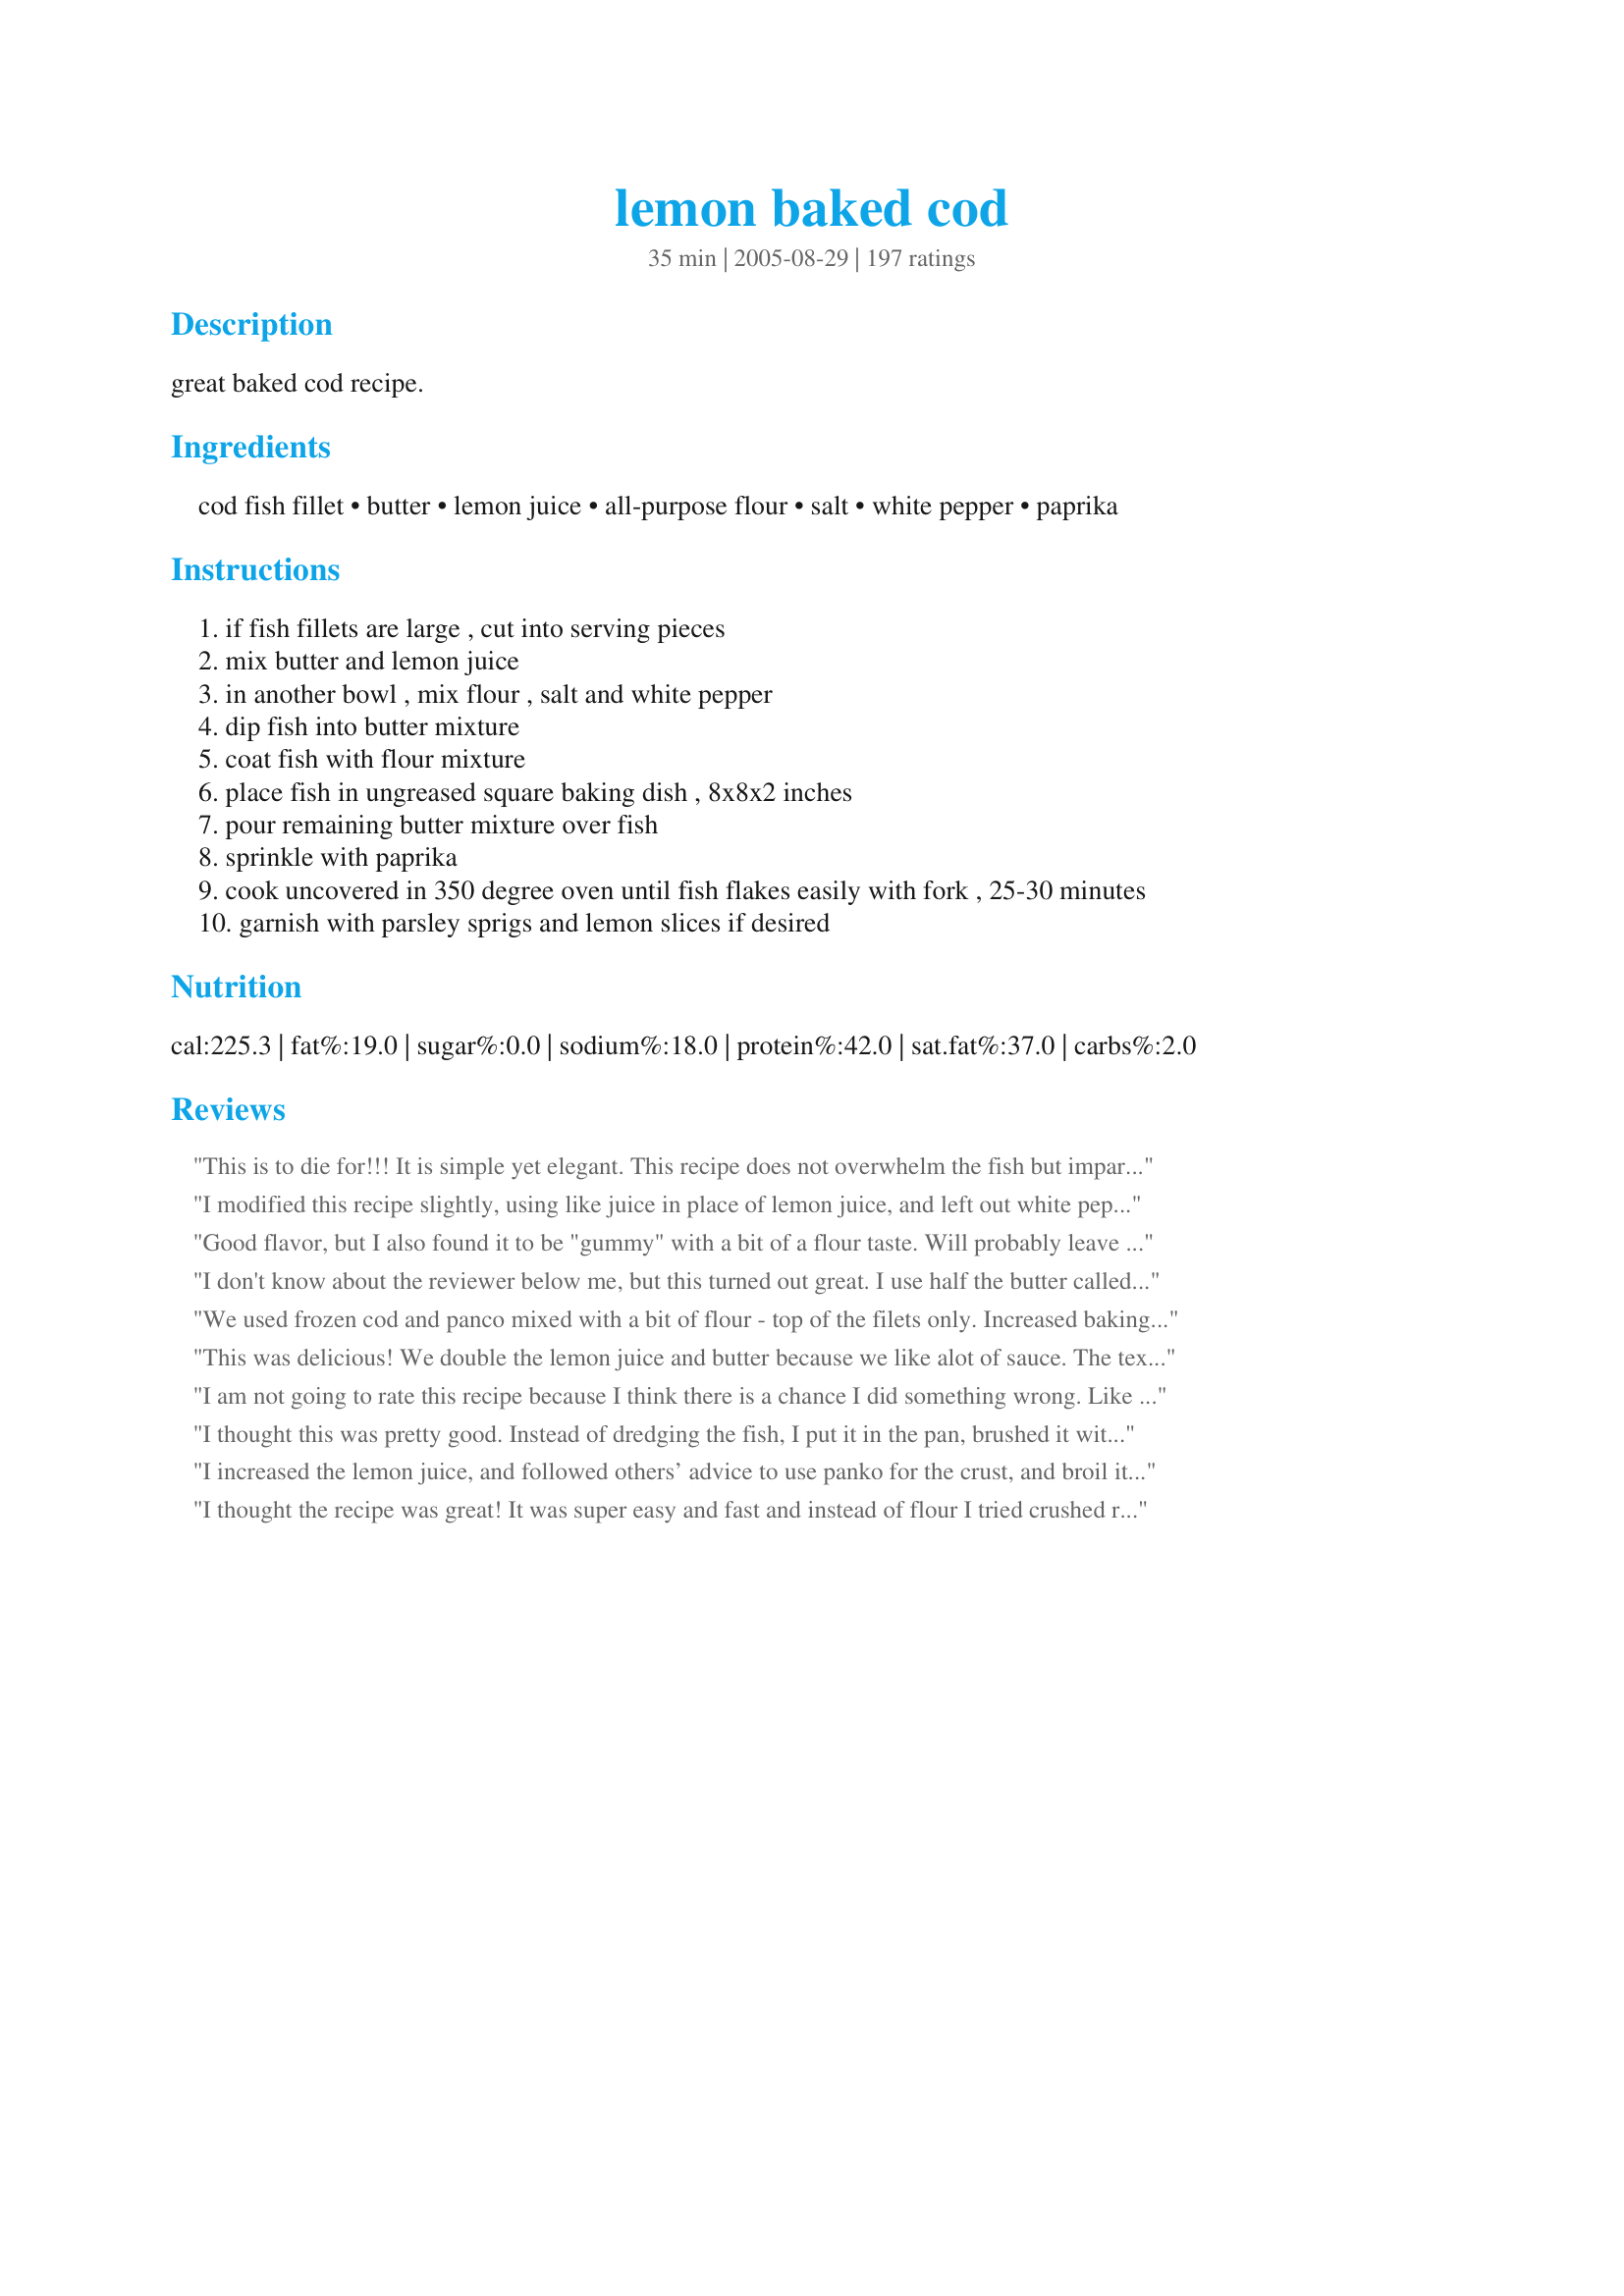
lemon baked cod
Preparation time: 35 minutes

great baked cod recipe.

Ingredients:
cod fish fillet, butter, lemon juice, all-purpose flour, salt, white pepper, paprika

Steps:
if fish fillets are large , cut into serving pieces
mix butter and lemon juice
in another bowl , mix flour , salt and white pepper
dip fish into butter mixture
coat fish with flour mixture
place fish in ungreased square baking dish , 8x8x2 inches
pour remaining butter mixture over fish
sprinkle with paprika
cook uncovered in 350 degree oven until fish flakes easily with fork , 25-30 minutes
garnish with parsley sprigs and lemon slices if desired

Reviews:
This is to die for!!! It is simple yet elegant. This recipe does not overwhelm the fish but imparts a rich buttery lemon flavor which truly enhances it's natural goodness. Would like to try this with other types of fish. Simply great!!!
I modified this recipe slightly, using like juice in place of lemon juice, and left out white pepper. Very tasty.
Good flavor, but I also found it to be "gummy" with a bit of a flour taste. Will probably leave the flour out next time.
I don't know about the reviewer below me, but this turned out great. I use half the butter called for though. If I coat the fish I use breadcrumbs, but usually it's great with just the lemon sauce!
We used frozen cod and panco mixed with a bit of flour - top of the filets only. Increased baking time to 35 mins to account for frozen fish. This is a quick, easy, delicious recipe.
This was delicious! We double the lemon juice and butter because we like alot of sauce. The texture is very smooth, so try sprinkling it with some toasted almonds. A wonderful, easy recipe for low-carbers if you just dust the fish with flour rather than dredging it heavily.
I am not going to rate this recipe because I think there is a chance I did something wrong. Like desertlady's, mine turned out a goopy mess, and nothing like the beautiful pictures. With all of the great reviews it has to be my fault, so I WILL try it again.
I thought this was pretty good. Instead of dredging the fish, I put it in the pan, brushed it with the lemon mixture and sprinkled breadcrumbs over the top. The top got crispy and solved the soggy bottom dilemma. I'll be making this again.
I increased the lemon juice, and followed others’ advice to use panko for the crust, and broil it for the last 10 mins. The panko does help to make it crispy, but it’s not lemony enough for a lemon-flavored cod dish. We squeezed fresh lemon juice to the fish when it’s served, which gives the cod that lemony flavor that hubby and I love. I’d do it again considering how simple it is.
I thought the recipe was great! It was super easy and fast and instead of flour I tried crushed ritz crackers and it was phenomenal!
I am not a fish eater but the rest of my family is. I gave this recipe a try as I like the baked tilapia when we go to Olive Garden, but that is the only fish I usually eat. I used the butter and lemon but then placed it in the dish and covered it with panko and the paprika. It was very good. I enjoyed it with wild rice and my fish eating family devoured it. My 13 year old son ate 2 and 1/2 filets. Will surely make this again.
Just yummy. I make it with rice flour. A real winner!
This is not a recommendation, since I haven't made it yet... it is what I'm going to do after reading the reviews. It almost seems it will be good even if I get it wrong! I will: pat fresh fish dry with paper towel. Coat only top of fillets. Use breadcrumbs instead of flour. Use chilli flakes instead of paprika. Not too thickly coated. Fridge for one hour after coated. Use real lemons. Use less butter. Spread out to bake, don't crowd. Grill (broil) for last five minutes.
This is definitely an excellent recipe for when you want to have fish, but are pressed on time and want to get things done while the fish is baking. I had the same goopiness issue as others did, but remedied that by eating the fish with rice- the rice soaks up that sauce and butter nicely. I also used Hungarian hot paprika to give a little spiciness to the dish since it holds up well with baking. A great recipe, and makes for a healthy meal with some steamed veggies and brown rice- nothing fancy, but big on taste and nutrients.
Good, but my mine came out "goopy" as some other reviewers mentioned. Next time I will try drying the fish off with paper towels first and spreading them out in a larger pan.
Made this dish for the first time. LOVE it! Have a picky teen who never liked fish before. He ate all of his portion. Note, I did add to this recipe by adding about 7 drops of lime juice and 7 drops of pure toasted sesame oil in to the margarine mixture. I'll be making this again for sure! Was so easy to make. Used cod first time. Will try with haddock next.
Fish was so tasty. Served with good old mash, asparagus and lemon/butter sauce.Realised I might not have enough sauce so made some lemon and butter sauce using stock from asparagus. Sister-in-law will have to do well to beat this!
This recipe is easy with any fish. I dredged the fish in Panko after coating with the lemon-butter mixture, and I omitted the flour. It came out with a little bit of a panko-crust, and my family loved it.
If you think the taste of butter is better and fish then this is the recipe for you! I saw all of the reviews and crumbled some oats on it to add to the crispy and take away from the soggy...I didnt even use all the butter it calls for and still all I could taste was butter....flipping gross. I like to taste the food I am eating otherwise i would just eat butter by itself...
I made this tonight. Followed the recipe as written except I cut back on the butter a little. I used Panko crumbs and baked it in my convection oven for 30 minutes. It was absolutely delicious! Did not have a problem with mushy bottom and it was so easy to make. A good recipe to hang on to.
I used mahi mahi with this becase it is what I had and it turned out great. DH said that it tasted like chicken to him, which is good because I don't cook chicken. Made for ZWT3
Used North Atlantic Cod Loins defrosted, dried and replaced the flour with breadcrumbs, the left over butter and lemon juice seasoning mix was added to a tomato, caper, scallion and white wine dressing for the cod which I served on penne pasta, nothing was left! the fish was baked perfectly and came out dry, crispy and succulent.
Yummy. Used this recipe twice in one month. The cod comes out juicy and flavorful.
Delicious and quick on the table with easy prep work. Thank you!
I made this for dinner tonight and it was so easy and it tasted Great!!! It was better than the fish I ordered from a nice restaurant last night. My husband is not a big fan of fish and he enjoyed it too.
While this is an easy way to cook cod and results in very moist fish, there is too much butter for my taste (and health). I will try it again though, reducing the butter and lemon juice by one-half.
Note: Food.com is not a WW affiliate and is not allowed to calculate points. Use the tools WW provides, or go to their online calculator.
My husband and Iove this recipe! With the left over butter I mix fresh cut mushrooms, garlic powder and a splash of cooking sherry to pour over the top of the fish while it bakes.
Loved it. Used tip to stick fish in fridge while preparing side dishes and it turned out great. Whole family (picky kids and boyfriend who hate cod included) ate it all without leftovers.
This recipe is very yummy. I did use ground pork rinds for the flour. It was very crunchy with just a hint of lemon. It is very easy recipe to follow. In my oven it baked 30 minutes. DH really enjoyed it. We also had salmon patties, rice and lima beans. Thanks for sharing the recipe.
This came out so absolutely fabulous, we will DEFINITELY put this on our "regular" list!! It wasn't exactly crunchy, but then again, I wasn't necessarily expecting it to be. I'm half-considering making this AGAIN tonight!! Thank you SO much!!
We loved this. I mixed the butter, lemon juice and pepper in a bowl and poured it over the cod. I didn't use the flour or salt. Will make again.
I took someone&#039;s review of subbing flour with Ritz crackers and even added some to the bottom(crushed) as a bed for the cod to sit on. Nothing soggy about this dish. The leftover lemon and butter I poured over the fish before baking. Perfectly done at 30 minutes. Will make again!
I'm not a fish eater... but DH just raved about this fish! I will use this one again!
I have been meaning to comment on this as I made it awhile ago and realized, while intending to make it again, haven't complimented on how good this is. I am born and raised in the Northwest to a fishing family and as such, always love new ways to cook fish. My husband and I *loved* it and quite frankly ate it all between us. It was moist and to concur with other posters had a great moist lemony flavor. The only thing I did different is I used black pepper instead of white. Can't wait to eat it again! Thank you!
I LOVE, LOVE, LOVE fish, and have waited for there to be a recipe come in with the flavor of lemon in the prep of the cod. I am also glad you chose the one type of fish I love when baked, fried, stir fried, or what ever. There are only a few of the thick white fish I will fix, and look forward to the eating. Thank you for the way to fix it and no guilt with the eating... I love your recipe, and will fix it again real soon, I guess when I can afford it, and not have to take my casting rod and my straw hat, and go down to the bridge over the gulf here in Florida to be able to get some more.. Yummy.
So good. Cook time was just right. Used grated sea salt on top--sooooo good,currently
Don't know why this didn't work. Tasted like soggy flour. Very little flavor. First time I have ever submitted a review and unfortunately this just didn't work.
This is such a simple recipe that is so full of flavor. My family devoured this fish, and my 6 year old had 3 helpings! Excellent, simple and delicious. Thank you for sharing this recipe!
I did not rate this as I am going to try making it again.
The fish had a very nice flavor
with the Lemon and butter but at the end of baking the flour turned in to a big wad of liquid paste.Has any one else had this problem?
10 stars!!! Cod is our favorite fish...we eat alot of it...but this is a recipe...that is simple and very very good!!
Thank you!!
I'm not a big fan of fish - can't stand any fishy taste!!! However, with my new diet, I've been trying to get a bit more creative and introduce more fish into my diet whenever possible. I made this the other night, but used homemade bread crumbs that I made from organic sprouted bread and it was FANTASTIC!!!! I love it, and can't wait to make it again. So easy too!!!
Just finished the kitchen clean-up after eating this fabulous dish! It was just absolutely perfect for us and so easy. I was hesitant to use the flour since I don't like a mushy fish, so I dipped the fish in the butter and lemon and then mixed the rest of the butter with bread crumbs and the seasonings, which I topped the fish with. Since I had very thick pieces of fillets, I did bake it an additional 5 minutes. It was just right and had a wonderful crispy topping. I really recommend this recipe to "just learning" cooks. It can't fail !!
Sorry, I really did not like this dish. I found it very soggy, even though I had let the coating sit in the fridge for an hour. Would not make this again.
Nice easy recipe, tastes very good.
Made a variation of this - put a mix of flour, wheat germ, a bit of paprika and salt in a dish and used that to coat the fish, then sauted in butter and lemon. Turned out great! DH & I loved it. DD liked the fish but didn't like the "stuff on the outside". Thanks for a great idea!
Very simple, elegant recipe. I used a fresh lemon and wondered about the call for dipping the fish in flour after the butter/lemon mixture. Fine if I was frying the Cod, but I was leery about baking it with the flour. Sure enough - even though the Cod was perfectly cooked - the flour taste was a bit of a negative (a 2 star negative) in the baking method. I did fried zucchini using Panko and wished I would have done the same with the Cod. My suggestion - skip the flour.
Easy, quick, flavorful - great for a quick family meal -
This was so great and easy! My husband went nuts and told me several times how delicious it was. I used Panko and added a little parsley and green onions for color when it was plated. Served with quinoa and broccoli. Have DH on a low carb diet and love recipes that don't look like diet food!
Very good basic white fish recipe. I made this for my wife and I, she doesn't usually like fish. She loved this recipe.
An extremely tastful excellent recipe! I substitude butter for olive oil as most Greeks do and I ever reduce the amount of it. But the result was super. And it also a very beautiful dish. Its a total keeper. Thanks Kymmarie for such a perfect recipe!
LOVED the flavor and the tenderness of the cod -- it was really wonderful. (My husband kept exclaiming, "This is just delicious!") But I'm only giving it four stars because I wasn't crazy about the flour as breading; next time I'll start experimenting with breadcrumbs, cornmeal, and other typical breading ingredients. For my tastes the flour was a little too pasty. But I'll definitely make this again, and often -- as I said, the flavor is first-rate. Thanks so much for posting this!
This was wonderfull! It melts in your mouth. It was very easy to make. I sprinkled Italian bread crumbs over the cod then the paprika. My family loved it.
I made this recipe like it said and I did notice the mushiness and so did my daughter. I think the flour soaks up too much of the butter and makes the fish heavy. It was good but next time I'm going to omit the flour. The taste was really good and I will make this again.
Very easy, quick and tasty! I will make this again, for sure!
Made this last night and loved it. Mine did brown nicely, I think that the paprika helps with that. I thought that the lemon &amp; butter mixture was just perfect - not overpowering, just enough to give it nice flavor. I will definitely make this again.
Loved this recipe. Simple and tasteful. I'm confused by all the posts about too much butter. 1/4c. = 4 Tbl. or 1 Tbl. per serving. How is this too much? Are you sure you used 1/4 c. and not 1/4 lb. (8 Tbl.) Just asking. Made as directed, it's wonderful.
This was very tasty. Mine did get browned a bit. I put it on the top rack in the oven, maybe that helped?
This was the best fish I have ever cooked. However next time I would use less salt. It was a little soggy, but that did not hurt the flavor at all.
Better than expected!!! The whole family enjoyed it. Will definately use this recipe to make Cod again and would like to try other fish as well. Really quick to throw together and get in the oven.
What a great and easy recipe! I made as posted and DH and I were treated to a wonferfully tasting fish dinner. All the flavors blend together nicely. Thanks for posting!
Tried this "Lemon-Baked Cod"recipe, spot on, won't change a thing. I did have some Cholola hot sause on the side.
I don&#039;t like baked fish. I&#039;m a fish fry person but I loved this recipe! I even went back for seconds. I did use the Ritz crackers though as suggested. No other changes. I will definately make it again and again.
This was wonderful! I'm not a big fish eater but our freezer is packed and I was looking for something to cook to make some space. I found some cod and found this recipe. This was so easy and tasted so good. My cod hadn't thawed completely so I ended up baking for 45 minutes. A definate Keeper!
We love this recipe! It went together very quickly and tasted like a dish from a high-end restaurant. The lemon &amp; butter mixture gave it a slightly rich flavor, &amp; the flour coating on the fish helped thicken the sauce. This is a new favorite!
Awesome recipe. I made this tonight for supper. I used some top shelf Cod fillets and I can not discribe how pleased I was.
Mine didn,t crust up like some of the photos showed.
DS said it tasted like lobster. He is corect./ After he said that, my next bite did taste like lobster. 
I did not detect the lemon in the fish, but it didn't matter. It was great as written.
Great fish! Skipped the pepper but followed the recipe exactly besides that. Great way to make this fish taste great.
I dipped the pcs in the lemon butter mix, crushed some corn Flakes with some salt, pepper and granulated garlic, sprinkled on top, sprayed with Pam and broiled for a couple of minutes at the end. Perfect. Will make this again and again.
I thought this was a delicious, easy recipe. However my three children thought differently. My oldest child sat at the table with tears streamung down his face, my middle son was throwing up at the trash can, and my daughtersat with her arms drawn inside of her shirt saying she will not try anything on her plate. So I think I'll be making this recipe again next Friday. Thanks for a new way to torment my kids.
My family loved it including our 4 year old. The flour did get a little gummy, but it didn't bother us. I used lime juice because I have a big bag of limes from Costco to use. I used seasoned salt instead of salt and black pepper because it was handy. I will make this again for sure!
Yum! I thought it would be just ok because i dont like fish, this is like lobster! so good!
This was a delicious recipe for baked cod! I used Tony's cajun seasoning in place of the salt and pepper to spice it up a bit, and it worked very well. I followed the advice of others on here and put the fish in the refrigerator for an hour after dredging, and it turned out perfectly. Thanks for the recipe, and the pointers! :)
Fantastic main dish recipe! Loved this. Perfect! Followed exactly! Thanks for a great recipe that is a total keeper!
It is my favorite recipe that I like to share with others. It is so simple and delicious. My whole family loves it. Now we eat fish more often. Thank you.
Super delicious!
This was outstanding! It was reallly moist and tender. I used bread crumbs instead of the flour, and it came out perfect. This is the way I will cook fish from now on. Thanks for the great recipe.
The lemon butter was delicious on the fish, but it never turned golden brown. once served the fish was a little dry. i think this recipe would be better if it was cooked at higher heat, like maybe 450, for 10-15 min like most baked cod recipes.
Maybe I made a mistake, but it turned out so salty that it was inedible. I did measure all of the ingredients. Maybe I should have used unsalted butter?
Needs higher heat. I would probably not use the flour next time and just brush with olive oil and lemon juice instead. It was very juicy though at 25 minutes @ 350.
My husband prepared this again last night - has to be one of my absolute favorite simple cod recipes! Easy to prepare; we like to have green beans and fresh tomatoes with this; rice too, if you aren&#039;t counting carbs! The number one recommendation I will make for this dish is to use Hungarian-style Paprika which is still fresh - should be a lovely reddish-brown color and have a potent Paprika scent. If not, then it is past it&#039;s prime. Buy it in small containers and keep it in a place with low humidity and low light. Great recipe Kymmarie!
Great recipe, thanks. OMG it taste sooooo good.
Made this tonight using the tip left by a reviewer to chill the fish for an hour before baking. It came out super tasty and it was so easy to do. It smelled fantastic and the texture was just right. The only thing I might do in the future is add a little more salt but that&#039;s just because I like things salty. Also, I didn&#039;t have white pepper so I just used regular fresh ground pepper but I still thought it was great. Will absolutely make this again.
I have made this several times and it is very good. I use frozen cod and it turns out very good. I used to grill the fish on the BBQ, but in the winter, this is an excellent option and quite tasty. I use ground black pepper and paprika, so dont worry about not having the white pepper.
Easy and absolutely delicious! Moist and flaky with loads of flavour! Already a family favourite!
Came out too soggy, the family wasn't impressed either, I will never do this again!
Soggy and was too buttery when used margarine/followed her proportions. I guess its just not our favorite thing .. butter and margarine- but we were in a hurry.<br/>AND ended up making Taco's out of it.. not bad! quick way to make the fish.. i substituted margarine for less butter and Lime.<br/>We then made tacos with the fish. and fresh diced lettuce (for crunch) and tomatoes for flavor. and it was a great quick fix and delicious at the end of the meal. took 13 minutes to bake and then 10 minutes to figure out how to make the tacos work.<br/>still wasn't out of the budget!
I really enjoyed this dish. I like most fish, and cod is a favorite, and with just enough lemon to add flavor it was delicious. I will make this again, but possibly add a little tarragon. Thank you for a very good cod recipe that is so easy. :)
Don&#039;t like fish at all except shellfish,but I have to say this was delicious and my daughter who absolutely hates all fish also like this. I am making this for a second time already. This is a keeper. Thanks
Love it.
So good!!! Followed the recipe exactly, except topped the fish with a touch of sel gris along with the paprika. Was golden brown and perfectly cooked in 25 minutes in my oven. Husband has already requested I make this a regular in the house... and he's pickier than the 4 year old sometimes... btw, the 4 yo liked it too! Thanks so much for such a great recipe.
I find this recipe for cod fish rather tasty. I did add a little more salt and a pepper.
I wasn't overly thrilled with this recipe. It pretty good, but not my favorite. I think it would have tasted better with some garlic in the mixture. I would likely omit the lemon from the butter mixture too because it just seemed to counter-act the other flavors.
Normally I don't care for Cod, but we got it at such a good price I couldn't pass it up. This recipe not only made it bearable, it was delicious. Everyone in the family loved it. Thank you so much for posting this recipe.
I chose this recipe because of the excellent reviews when I was looking for a new way to prepare cod. I don't know what I did wrong, but the flour turned into a gloppy paste - I couldn't even eat it. Perhaps the bread crumbs would work better, but probably won't try it again.
I'm not a big fish eater but I liked this...taste of lemon and butter were subtle. The family enjoyed :)
This was really quick and easy to make and it tasted great! Both my husband and I really liked it and will make it again. The only thing I added was some Penzey's Seafood seasoning which I happened to have on hand.
This had a great flavor. The flour didn't set-up for me and just made the dish "goopy." ALso I turned the heat up to 400 to brown the fish bit. I think I will try this again but without the flouring step.
Delicious and super easy. My kids loved it, as well! Served it with wild rice and a salad, so it was a simple and yummy healthy dinner.
I hate to be a negative review in a sea of 5 star reviews...but I followed this to a tee... it turned out too goopy and gross. I think breadcrumbs would be better here than flour.
Easy recipe. I did one fillet as in the recipe. It was very soggy on the bottom. The rest of the fillets I used panko, parm cheese, lemon zest mixture for the flour. Also I did not add the extra butter mixture to the pan. Instead of paprika I sprinkled old bay on top. With these changes our cod was YUMMY!
Made this last night for dh and I, only substituting pollock fillets for the cod, as this is what I had on hand. This dish had great flavor, though the flour turned out goopy, as another member stated. We will definitely try this again, maybe either leaving out the flour part, or else, not pouring remaining butter mixture over it in the pan. great dish for dieters!!! YEA!!!
SO EASY! Light and delicious
so easy .tastes great i double coated the fish american fish is watery
I'm not sure what happened to my fish. I see such great reviews here.
I followed the recipe exactly, but my fish came out goopy with a flour taste. I made sure to only barely dust the fish with flour, so it wasn't a deep coating. I tried broiling it the last few minutes. That did crisp the top, but the bottom was mushy.
I will try this again , but I will leave out the flour & add breadcrumbs to the top instead
Husband really did like this! Thank you for posting.
Excellent.. For those that want a lil more flavor add 3/4 tbl of Original Essence from Emeril and and sprinkle of Dill weed as well.
Loved it! After about the 4th fish dredged in the flour and my fingers getting all yucky, I decided to just mix the rest of the flour into the lemon butter and then dip the fish in it and poured the rest on top. It was outstanding! Thanks!
Wow, we just loved this fish! I made this exactly as written but used Earth Balance Buttery Sticks for the butter (for DH's cholesterol watching). This tasted better than the baked fish at our favorite Friday fish-fry place (choice of baked or fried) in Wisconsin so now we'll just save money and have this at home....very, very quick and easy. Thanks for posting this recipe Kymmarie :)
I made this with toasted Panko crumbs to which I added some grated Parmesan cheese and fresh chopped herbs from may garden. <br/><br/>The only problem was the fish I used. I used Kroger IQF cod fillets. They were waterlogged. I pressed them between my hands to wring out the water. I was amazed at how much came out. The things were like sponges! They would have been totally flavorless if I had left all that water in them.<br/><br/>In spite of this, the recipe still came out good. Next time I'll use some good quality cod fillets.
This dish had the potential to be really great. It wasn't bad but in my opinion, there was just too much butter. (We tend to like our fish relatively unfettered.) I used 2 pounds of fish and doubled the recipe. The amount of butter was overwhelming for my family. Next time, I'll probably just use half of the butter but keep everything else the same.
That was amazing...super simple and so delicous! I will definately make that again. We have a 4 month old & not much time to cook so this was perfect!
This had a fantastic buttery taste. My only complaint: I wish I had doubled it. Everyone wanted seconds! This was so quick and easy to throw together. We will absolutely make this again. Thanks Kymmarie!
i used gluten free flour and put in fridge an hour before baking wonderful recipe<br/>.
I don't even have to make this recipe to rate it. This is the exact recipe I've used for years! Thanx for posting it so I don't have to! I have used it on all kinds of fish including spot and croaker which are in abundance in North Carolina where I used to live. The only thing I do different is I use cayenne pepper instead of white for an extra 'kick' but not the entire 1/8 tsp.Love it, Love it, Love it!
Amazingly easy to prepare and cook; and very delicious!
Just made the lemon baked cod and it's keeper! Used the Panko and had no gumminess. I will try this with other fish.
Nice, nice! Instead of flour, I used up some seasoned breading mix, and broiled instead of baked. Not soggy at all! Served over collard greens with a side of brown rice, and what a healthy supper.
I loved this! I follwed the recipe but took some advice from previous reviews. I used Ritz Crackers for breading, used real lemons and dipped my fish in the butter lemon mixture. I also cooked the fish a little longer for crispier crust. I like lemon taste so I also made some white rice with butter and lemon. DELICOUS! My husband said it was a keeper! I served the fish atop the rice with asparagus sauteed in garlic and olive oil!
So yummy! I used cayenne pepper instead of paprika.
The grown-ups loved this while the kids thought it was too lemony (is that even possible?) I had the same problem as mamawJ with the pasty flour on the bottom. I will try to solve this next time by only flouring the top of the fillets. Changes made were to use black pepper and tilapia because those are what I had on hand.
This results in a very tasty cod. I topped with Italian breadcrumbs before baking for some added texture, and it was a nice touch. Even my husband--who swore he didn't like cod--really liked this dish. Next time, I will also make a dipping sauce to go with this dish. Thanks for posting!
My husband and I love this recipe and have made it dozens of times. We even made a double tray to serve as one of the dishes at a party. It&#039;s so easy and tastes great. Cod flakes nicely. Like the other reviewers we experimented with panko crumbs, chickpea flour, etc. one thing we like is extra sauce to smother rice or potatoes in. We usually add olive oil and cut some butter for health reasons and use more lemon because I like very lemony. But it is a great recipe as is, using simple common ingredients. A fave in our house.
Thanks for the great recipe! I made it the other night and it was fabulous!! Because of my cholesterol levels I substituted Olive oil for the butter, the flour coating gave it a light crisp outside, without the guilt. I also used the tenderloin of the cod- this is one of my new favorite recipes... Thank you again!
I made the original version, but topped the fish with mushrooms, parsely and dry sherry as another reviewer suggested. I knew my husband would like it. I wasn't sure about the kids given the comment below, but 10 and 12-year old kids said it was the best fish they had ever tasted! Nice, easy dish to make.
This was but I may have put to much butter it came out a little mushy, also I will season it more next time. But I will try it again
This recipe was so fast and easy. I hate to cook fish, but with this recipe I will be cooking fish again. I also am not a big fish eater and with this I am sure to become one. I did cut back and not add the flour mixture to the fish after coating them. It came out beautiful like it came from a resturant. Will be making this again for sure..
An excellent recipe, I leave off one star, because it isn't very creative

I will add herbs to complement the dominant flavoring lemon.

Parsley, sage, basil, rosemary, garlic

I also plan to add 1 TBSP White Wine to Lemon, again looking for depth of flavor and complexity

Last depending on how thick you like your cod, it could take a lot longer than 30 minutes, i have gone to 1 hour pretty regularly
So simple and so very good!
I voted four stars on this! It was very good, and very easy to make! I doubled the recipe and my flour ran out, so I had to mix up more... Then they seemed a bit TOO floury (sp?) They were still very good though. I served it with rice pilaf and asparagus. We will make it again for sure!
I just got done eating this dish. Although it turned out tasting great, it so did not brown like the pictures. I am not sure what I did wrong. It was tasty though. I had no white pepper so I used black pepper and I also added parmasean cheese to the flour mix. I'll make it again but if anyone has any suggestions on how to get it to turn out like the pictures I would be very happy!
Absolutely delicious! I subbed flour for panko. Let it set in the fridge for an hour. Soaked the fish in milk for 15 min before hand. Added sesame oil to butter mixture and sprinkled dill weed on top.
This was very good. Per other reviews, I substituted the flour for breadcrumbs(for this I used Panko).
Loved it. It's unbelievable how good it is for how little effort it requires.
My parents are norwegian and this is exactly how my mom makes fish except she fries it instead of baking. I definitely prefer using butter and the flavor was perfect. I will try asmooch22's tip next time. Thanks
This was pretty good. I think my husband liked it more than I did. I think the problem might be that I just don't love cod. Maybe I'll try this recipe with a different fish. Thanks!
The flour coating was just mush and really yucky. Kinda disappointed, luckily I made half the cod without the coating :(
Worst Cod recipe I ever had. My cod baked just fine, but the flour and butter mixture made it taste like raw flour and butter. My family hated it, and I did too.
Seemed really slimy using flour and butter. Ended up washing the coating off fish and seasoning with lemon and butter. Keep it simple and broil with simple butter. Would not make again.
My picky 9 year old daughter enjoyed this, as did I. It was so very easy to prepare. I used a really good quality paprika, which probably added to the quality. One thing I did wrong--I used lemon juice from concentrate with the proportion suggested, and my daughter commented that the fish was a bit TOO lemony. I liked it very well, but you might wish to dilute the ReaLemon, or use actual, real lemon juice if you have somebody with a sensitive palate.
This is one of the best recipes I have found to use on codfish.I don't like frying fish because it is always so messy and sticks onto the pan.This is the perfect alternative.It is fantastic!!
The taste was 5 stars fantastic!!! Even my wife loved it & this was perhaps the 1st time she didn't use ANY tartar sauce!!! <br/>The only reason I gave this 4 stars instead of 5 was I thought the coating had a paste-like texture. I;ll figure something out & I WILL be making this again!!!!! THANKS for sharing!!!
This was very tasty and perfectly done. I love the lemon/butter mixture - it adds such a wonderful flavor it needs no additional seasoning. Fabulous! and I will definitely make this again.
Really easy to put together and it tasted great! I did have to broil the top the last 3-4 minutes to get it to crisp a bit. Next time I'll follow the other suggestions to only coat the top with flour, it was a bit mushy on the bottom. Thanks for posting!
Wow !!! This is a delicious way to do cod , I am not a big fish fan but really enjoyed this recipe..I Will definitely make this recipe often...I made this as posted and was very easy to put together ..Thanks Kymmarie
Lovely recipe.We love fish and this was an easy way to make it
Just a cooking tip to those who are saying that their fish came out soggy. Try putting the fish or anything that you have dredged in flour/breadcrumbs in the refrigerator for at least an hour before you go ahead and cook it. This allows time for the coating to stick to the item to help create more crispiness in the oven while cooking!!!!
So good. Rave reviews from dinner guests.
We loved this recipe! I sprinkled some seasoned breadcrumbs on top. It was divine and was the right blend of flavors.
I read the reviews before I tried the recipe. I decided to use bread crumbs instead of flour. I also used parchment paper. Worked great. Delicious and easy recipe.
I really like this dish so gorgeous.
An easy and delicious way to serve fish. Reduced the recipe to serve 2 and prepared it as per those so easy directions.
this was very good, and i usually don't like baked fish recipes! it had a nice crust because the butter crisped it, which also made the inside nice and moist. Thanks!
Husband & I loved this recipe. I am going to make again w/Panko bread crumbs and maybe some onion chips. Will try w/another fish
This recipe was quick and easy. Taste was good. Followed recipe as written. Thanks for sharing.
This is really a amazing dish. The fish is so tender and flaky and the flavor is wonderful. I used 2 pounds of cod, but kept the butter and other ingredients the same. The cod was perfectly done at 30 minutes. Cod is a favorite fish at our house, but not like it was tonight. With four people, there wasn't a lick of cod left after dinner. I couldn't believe it. I even checked the bag to make sure I didn't miss another filet! Thanks for posting this recipe.
I loved this dish. I took another reviewer's suggestion and placed the coated fish in the fridge to set up. It worked really well. I didn't use as much lemon as called for because I was running low. I just guesstimated the butter but didn't need to much. I served this with bacon wrapped asparagus bundles and baked sweet potatoes. Yum!
We enjoyed it. Will make it again even with another fish. I took up the suggestion for the bread crumbs instead of flour and was very pleased.
This recipe was so tasty and easy to make. If using frozen fish, make sure to defrost completely and pat dry. I put the oven on broil the last 5 minutes to crisp up the top. Iâ€™ll definitely make this again!
I thought this was delicious! I love the tartness of lemon, and I always use real lemon juice, squeezed from a lemon, when I cook. Another person commented about how it was soggy, but I liked it. I will, however, try it the way someone else suggested - let it &quot;set up&quot; in the refrigerator with the breading, before cooking, so it dries out a bit. I will definitely make fish this way again.
I cooked this for my husband and friend. Used cayenne instead of white pepper. They loved it.Thank you for sharing.
So soggy I can't believe this recipe is still listed. If you cooked it in a skillet it would be much better. Really gross if baked.
Would have given this 5 stars but our household was split on it. Overall I really enjoyed this dish, it was simple and delicious. I think we will make it again.
I&#039;ve been making this recipe for years. I saw it first in Betty Crocker&#039;s Best Recipes Of The Year Cook. It is a very good recipe for cod.
This was alright for us. You can't seem to go too wrong with butter and lemon with a white fish. I thought there was way too much butter per cod ratio and wish I did not pour the remaining butter mixture over the fish (#6). My fish came out slightly soggy on the outside, no crispy outside as I had hoped and others had mentioned. Flavor was good though. Easy and simple recipe.
I really enjoyed the simplicity and ease of this recipe. The lemon was lovely. I cut the recipe back to serve one and used as little butter as possible but still stay true to the recipe. My fillet took exactly 25 minutes to reach an internal temerature of 160*, which was perfect. I can't wait to try this method with panko and a variety of herbs.
Very nice recipe that allows the cod to speak for itself. Used smoked paprika. The dish is perfect with rice or orzo.
I'm making this for the second time because the first time it was AMAZING!!! My husband and I LOVED it :-D I highly recommend this to ANYone, even if you're not a fish-lover! I replaced the all-purpose flour with stone ground whole wheat flour, and used organic unsalted butter. Again, AMAZING!!
Incredible. We loved it- Light, rich, easy, and the taste equalled a 5-Star Restaurant. I could eat it every night. Used Panko bread crumbs instead of flour.
I now have a favorite recipie for fish! Not just cod; I've done snapper and sole this way. I haven't reviewed this before 'cause I didn't do it RIGHT AWAY and I couldn't find the recipie. This is a super recipie! I fact, there's a couple of lovely trout for tonight in the fridge. The fish turns out beautifully done with a light golden finish. A crispness but not like fish fried in batter. It's lovely on it's own, but takes topping with sliced almonds, capers or even a drizzle of white sauce. Thanks for posting!
The lemon baked cod is delicious! I was in a hurry to fix dinner and found this recipe. It takes only a few minutes to put together and by the time I made a salad, cooked vegetables and set the table, the lemon baked cod was ready! My husband and I loved it!
Not the best for me, but it was probably my fault for dredging the flour on too thick. The fish itself was good, but the coating turned rather mushy. If I make this again, I will go lighter on the flour... or better yet, just stick to butter and lemon. Maybe I needed to cook it longer. Anyway, not one of my successes.
This recipe is easy to prepare and delicious. I used frozen cod I almost forgot I had. My family ate every last bite, so I'm looking forward to trying this with fresh fish. Thank you for posting!
I have been ordering Lemon Baked Cod at restraunts in 9 different states I have lived In. I made this cod the other nite and it came out perfect it tasted alot better then most of the restraunts I have ordered it in. So I invited our large family for a sunday dinner they all agreed they totally loved it. Really easy to make and tastes so wonderful it can be served for any gettogeither. Donna Easler
awful,gummy from flour. i have been cooking for a very long time and when i read this recipe i thought this might happen but i thought with so many reviews i might be wrong. well i wasn't. So glad i didn't make this for company.
WOW!!! This is really delicious! I made this last night and when sitting down DS said "I don't want any" I told him to try it and he loved it. He ate seconds!! This is really easy to prepare (huge plus) and I love the hint of lemon on the fish. Thank you so much for sharing this with us, I will use again trying different fish, too.
Very light tasting dish. I used olive oil instead of butter and breadcrumbs instead of flour.
What a treat! I made a few adjustments based on the comments I read: bread crumbs instead of flour, half the butter, and slivered almonds on top. It came out perfect after 25 minutes. I might cut the butter a bit more next time and replace it with a bit of olive oil. But bottom line, this is a keeper. Thank you so much for this wonderful recipe.
I had a recipe similar to this in a restaurant and was craving the same thing. I didn't realize this was the recipe. Thanks for posting...this totally satisfied my craving.
i never take the time to write reviews, but i thought this recipe deserved such attention. my husband and i thought this was absolutely delicious! and it was super simple too! we used panko instead of flour/ breadcrumbs. you can't go wrong with this recipe.
Delicious!!
Ritz crackers !!!!! Use that instead of flour or bread crumbs. Delicious !!!!!
My family and guests loved this dish. There were no left overs.
Super easy and super tasty! I will make this again for sure.
Very disappointing. Let sit in the fridge for an hour and breading still turned out mushy.
My husband isn't crazy about fish but he loved this, and I did too. Couldn't be easier!
Great fish recipe! Altered slightly after reading reviews; Melted 3 table spoons of butter not 4 as per recipe, topped cod fillets with homemade whole wheat bread crumbs, Emeril&#039;s seasoning, omitted flour and baked for 30 minutes. Very flavorful and top coating of breadcrumbs came out crispy. Will add one or two table spoons of white wine to bottom of casserole dish next time for additional sauce. My son, who hates fish and husband loved it too.
As one reviewer put it, "my wife doesn't usually like fish, but she liked this recipe" holds true in my family. Finally I found a fish dish other than pan fried sea bass that she likes. Nice thing, I am the fish cook and it is easy to prepare and I love it too. As per other comments, the amount of butter can be reduced.
Made this for dinner tonight -- very good!! I followed the recipe exactly, and it was quite tasty. I will make this again, adding a bit of cayennne to the spice mixture next time. (I'm a hot head. LOL)
Very good recipe! Thank you for sharing! :)
Easy and Great flavor! I only cut back a little on the butter and didn't miss it! Thanks for a great recipe!
I really liked the lightness of this recipe. It did not overpower the fish at all. I did mix a few breadcrumbs in the flour as, I wanted a bit of crunch. I also baked this at 425 for 15 minutes and then broiled it. I believe this allowed the fish to be less mushy as other members stated that it could be. <br/>Thank you for sharing a light and easy dish for fish!!
I loved the way this tasted, but mine did not turn out quite as "crispy" or "browned" on top
After reading "broda's" review and finishing laughing, I made the recipe using "vbkarb's" recommendation of substituting panko for flour. I also brushed the bottom of the dish with the butter before putting the fish in. It still was a bit soggy but overall, excellent. My daughter, who wasn't hungry, still ate half a portion without complaining at all! I call that a real winner! Maybe I'll put it on a rack next time to avoid the soggy bottom.
Yum-mo! I used vegan butter in this because of son&#039;s allergies but then he fell asleep and I ended up eating the whole thing by myself. It was about 3/4 pound. I used panko bread crumbs instead of the flour, and added some extra lemon-pepper on top before putting in the oven. Delicious!
You know you have a great recipe when a 1 year old devours it (and a husband who doesn't like fish)! Thanks!!
The sauce was really nice. However, the flour coating just ended up like paste while baking in the oven in the lemon butter sauce.
This recipe was easy to make and bake. It was wonderful. Melts in your mouth. I patted them dry first with a paper towel. We will make this again and again.
 The cod had a nice bit of crispness on the outside, beautiful color. Itwas lovely and moist inside. I served this to a very fussy eater and a quite large piece disappeared! The fish has a lovely lemon flavor that does not overpowerit Thanks Kymmarie for a very tasty recipe
